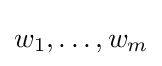
w_{1},\ldots ,w_{m}